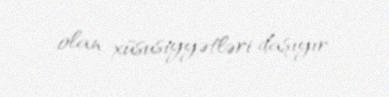
olan xüsusiyyətləri daşıyır.